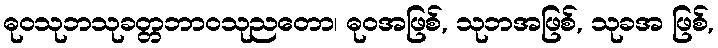
ဓုဝသုဘသုခတ္တဘာဝသုညတော၊ ဓုဝအဖြစ်, သုဘအဖြစ်, သုခအ ဖြစ်,